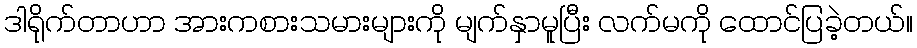
ဒါရိုက်တာဟာ အားကစားသမားများကို မျက်နှာမူပြီး လက်မကို ထောင်ပြခဲ့တယ်။